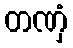
တဏှံ